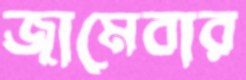
জামেবার